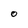
Character: O